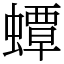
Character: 蟫